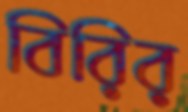
বিরির